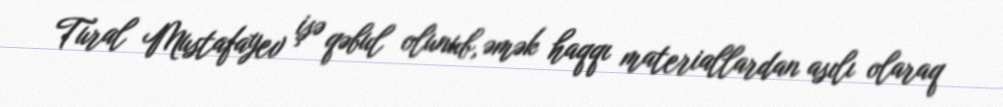
Tural Mustafayev işə qəbul olunub, əmək haqqı materiallardan asılı olaraq